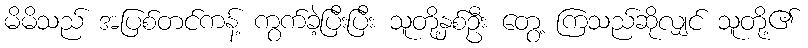
မိမိသည် အပြစ်တင်ကန့် ကွက်ခဲ့ပြီးပြီး သူတို့နှစ်ဦး တွေ့ ကြသည်ဆိုလျှင် သူတို့၏